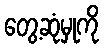
တွေ့ဆုံမှုကို